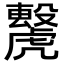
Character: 𧈌